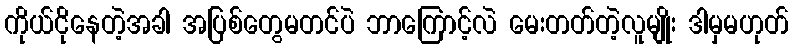
ကိုယ်ငိုနေတဲ့အခါ အပြစ်တွေမတင်ပဲ ဘာကြောင့်လဲ မေးတတ်တဲ့လူမျိုး ဒါမှမဟုတ်